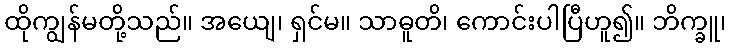
ထိုကျွန်မတို့သည်။ အယျေ၊ ရှင်မ။ သာဓူတိ၊ ကောင်းပါပြီဟူ၍။ ဘိက္ခူ၊